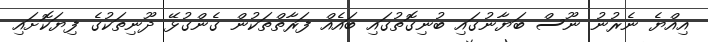
އިއްޔެ ނެރުނު ނޫސް ބަޔާނުގައި ބުނިގޮތުގައި ބައެއް ފަރާތްތަކުން ގެންގުޅޭ ދޫނިތަކުގެ ފިޔަކޮށައި